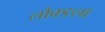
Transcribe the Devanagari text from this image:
लौक्ङला